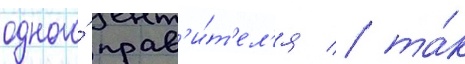
одного́ прав'и́т'ел'я / та́к